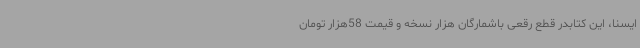
ایسنا، این کتابدر قطع رقعی باشمارگان هزار نسخه و قیمت 58هزار تومان